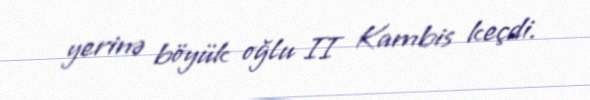
yerinə böyük oğlu II Kambis keçdi.